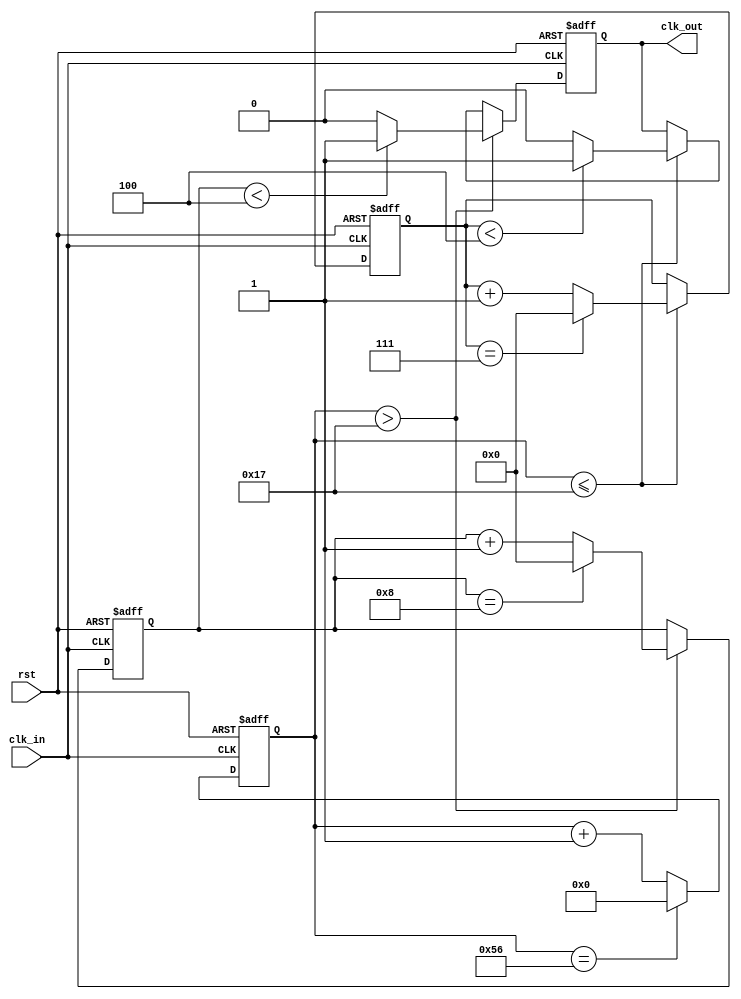
`timescale 1ns/1ns

module div_M_N(
 input  wire clk_in,
 input  wire rst,
 output wire clk_out
);
parameter M_N = 8'd87; 
parameter c89 = 8'd24; // 8/9
parameter div_e = 5'd8; //
parameter div_o = 5'd9; //
//*************code***********//

// a + b = 10
// 8a + 9b = 87
//  a = 3, b = 7
//  8/924

    reg [6:0] cnt87;
    reg [3:0] cnt8;
    reg [3:0] cnt9;
    reg clk_out_r;
    
    always @(posedge clk_in or negedge rst) begin
        if (!rst) begin
            cnt87 <= 0;
            cnt8 <= 0;
            cnt9 <= 0;
            clk_out_r <= 0;
        end
        else begin
            if (cnt87 <= c89 - 1) begin
                clk_out_r <= (cnt8 < (div_e >> 1)) ? 1 : 0;
                cnt8 <= (cnt8 == div_e - 1) ? 0 : cnt8 + 1;
            end
            if (cnt87 > c89 - 1) begin
                clk_out_r <= (cnt9 < (div_o >> 1)) ? 1 : 0;
                cnt9 <= (cnt9 == div_o - 1) ? 0 : cnt9 + 1;
            end
            cnt87 <= (cnt87 == M_N - 1) ? 0 : cnt87 + 1;
        end
    end

assign clk_out = clk_out_r;
//*************code***********//
endmodule